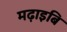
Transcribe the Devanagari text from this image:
मढ़ाइबि